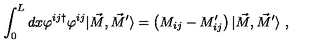
\int _ { 0 } ^ { L } d x \varphi ^ { i j \dagger } \varphi ^ { i j } | \vec { M } , \vec { M } ^ { \prime } \rangle = \left( M _ { i j } - M _ { i j } ^ { \prime } \right) | \vec { M } , \vec { M } ^ { \prime } \rangle \ ,